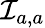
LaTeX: {\mathcal{I}}_{a,a}